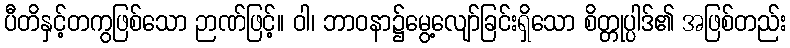
ပီတိနှင့်တကွဖြစ်သော ဉာဏ်ဖြင့်။ ဝါ၊ ဘာဝနာ၌မွေ့လျော်ခြင်းရှိသော စိတ္တုပ္ပါဒ်၏ အဖြစ်တည်း